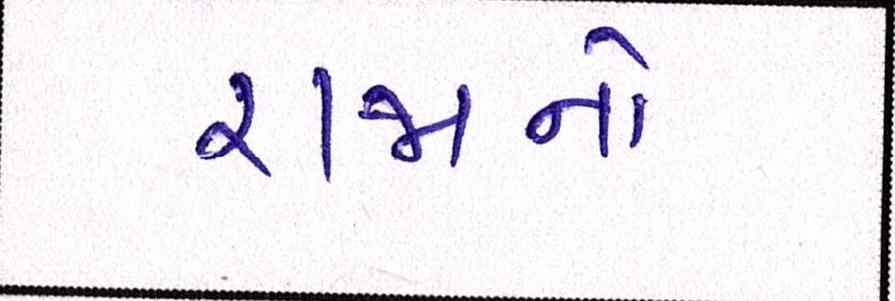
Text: રાજાનો